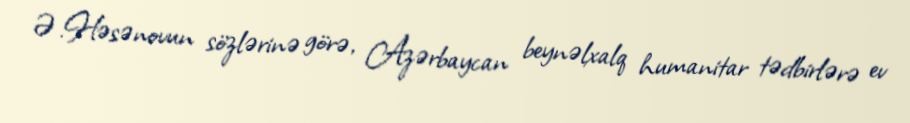
Ə.Həsənovun sözlərinə görə, Azərbaycan beynəlxalq humanitar tədbirlərə ev